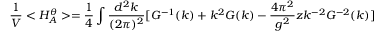
\frac { 1 } { V } < H _ { A } ^ { \theta } > = \frac { 1 } { 4 } \int \frac { d ^ { 2 } k } { ( 2 \pi ) ^ { 2 } } [ G ^ { - 1 } ( k ) + k ^ { 2 } G ( k ) - \frac { 4 \pi ^ { 2 } } { g ^ { 2 } } z k ^ { - 2 } G ^ { - 2 } ( k ) ]